Civil Veterinary Dept. North-West Frontier Province 1901-22 - 1901-1922
Year: 1901
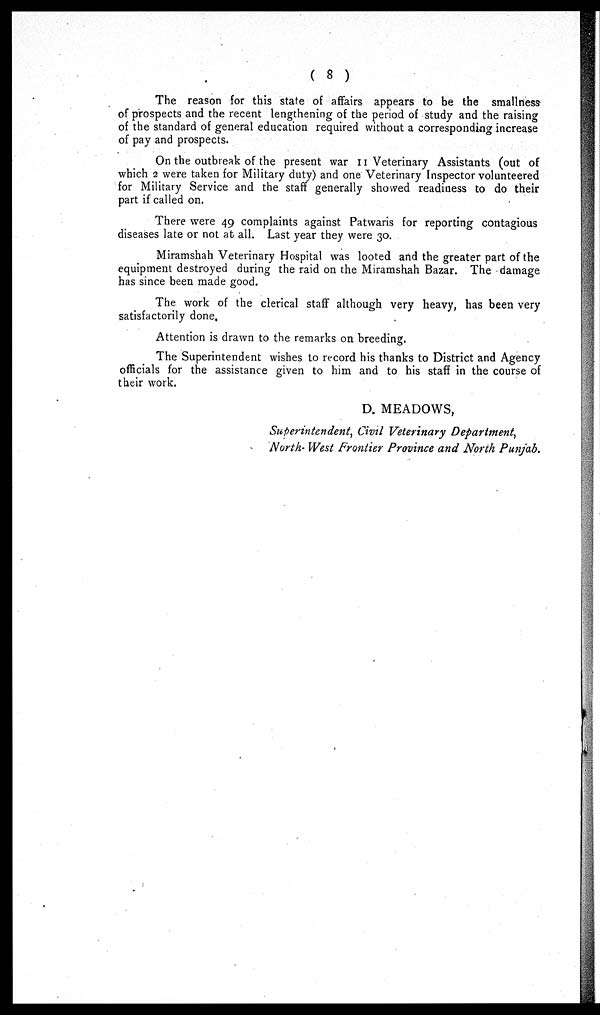
(8)
The reason for this state of affairs appears to be the smallness-
of prospects and the recent lengthening of the period of study and the raising
of the standard of general education required without a corresponding increase
of pay and prospects.
On the outbreak of the present war II Veterinary Assistants (out of
which 2 were taken for Military duty) and one Veterinary Inspector volunteered
for Military Service and the staff generally showed readiness to do their
part if called on.
There were 49 complaints against Patwaris for reporting contagious
diseases late or not at all. Last year they were 30.
Miramshah Veterinary Hospital was looted and the greater part of the
equipment destroyed during the raid on the Miramshah Bazar. The damage
has since been made good.
The work of the clerical staff although very heavy, has been very
satisfactorily done.
Attention is drawn to the remarks on breeding.
The Superintendent wishes to record his thanks to District and Agency
officials for the assistance given to him and to his staff in the course of
their work.
D. MEADOWS,
Superintendent, Civil Veterinary Department,
North- West Frontier Province and North Punjab.